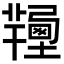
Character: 𦏚